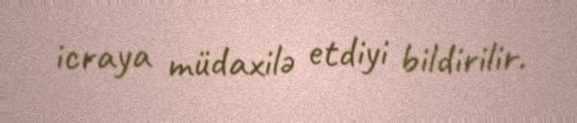
icraya müdaxilə etdiyi bildirilir.